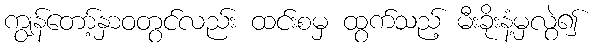
ကျွန်တော့်နှာဝတွင်လည်း ထင်းစမှ ထွက်သည့် မီးခိုးနံ့မှလွဲ၍